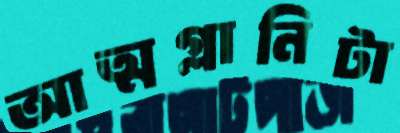
আত্মগ্লানিটা